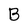
Character: B